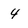
Character: 4